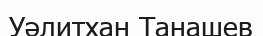
Уәлитхан Танашев